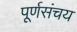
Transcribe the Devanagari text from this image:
पूर्णसंचय